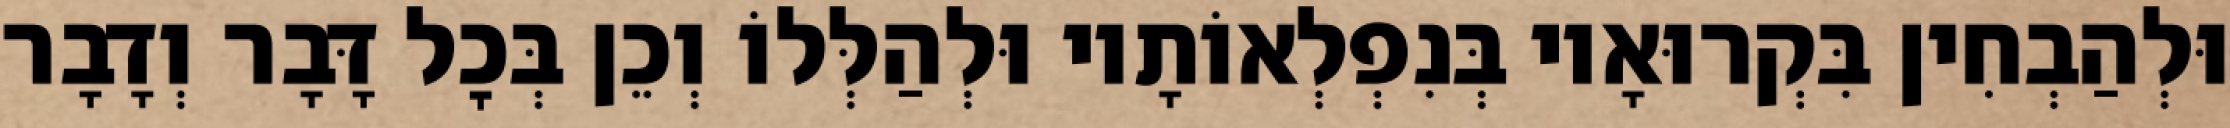
וּלְהַבְחִין בִּקְרוּאָיו בְּנִפְלְאוֹתָיו וּלְהַלְּלוֹ וְכֵן בְּכׇל דָּבָר וְדָבָר